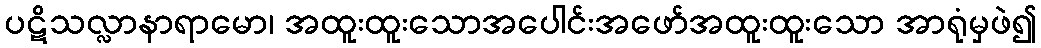
ပဋိသလ္လာနာရာမော၊ အထူးထူးသောအပေါင်းအဖော်အထူးထူးသော အာရုံမှဖဲ၍